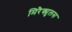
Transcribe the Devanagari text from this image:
मिरैक्युलस